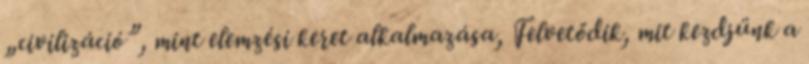
„civilizáció”, mint elemzési keret alkalmazása, Felvetődik, mit kezdjünk a